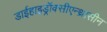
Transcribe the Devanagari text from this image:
डाईहाइड्रॉक्सीएन्थ्रासीन